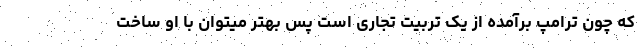
که چون ترامپ برآمده از یک تربیت تجاری است پس بهتر میتوان با او ساخت